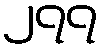
၂၇၇